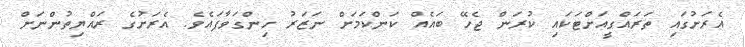
އެރަށުގައި ތަރައްގީއަށްޓަކައި ކުރަން ޖެހޭ ބައެއް ކަންކަމަށް ނަޒަރު ހިންގަވާފައެވެ. އެރަށުގެ ރައްޔިތުންނަށް